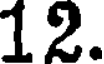
12.